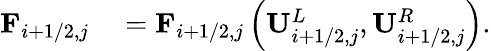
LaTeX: \begin{array}{rl}{\mathbf{F}_{i+1/2,j}}&{{}=\mathbf{F}_{i+1/2,j}\left(\mathbf{U}_{i+1/2,j}^{L},\mathbf{U}_{i+1/2,j}^{R}\right)}\end{array}.